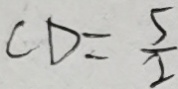
C D = \frac { 5 } { 2 }